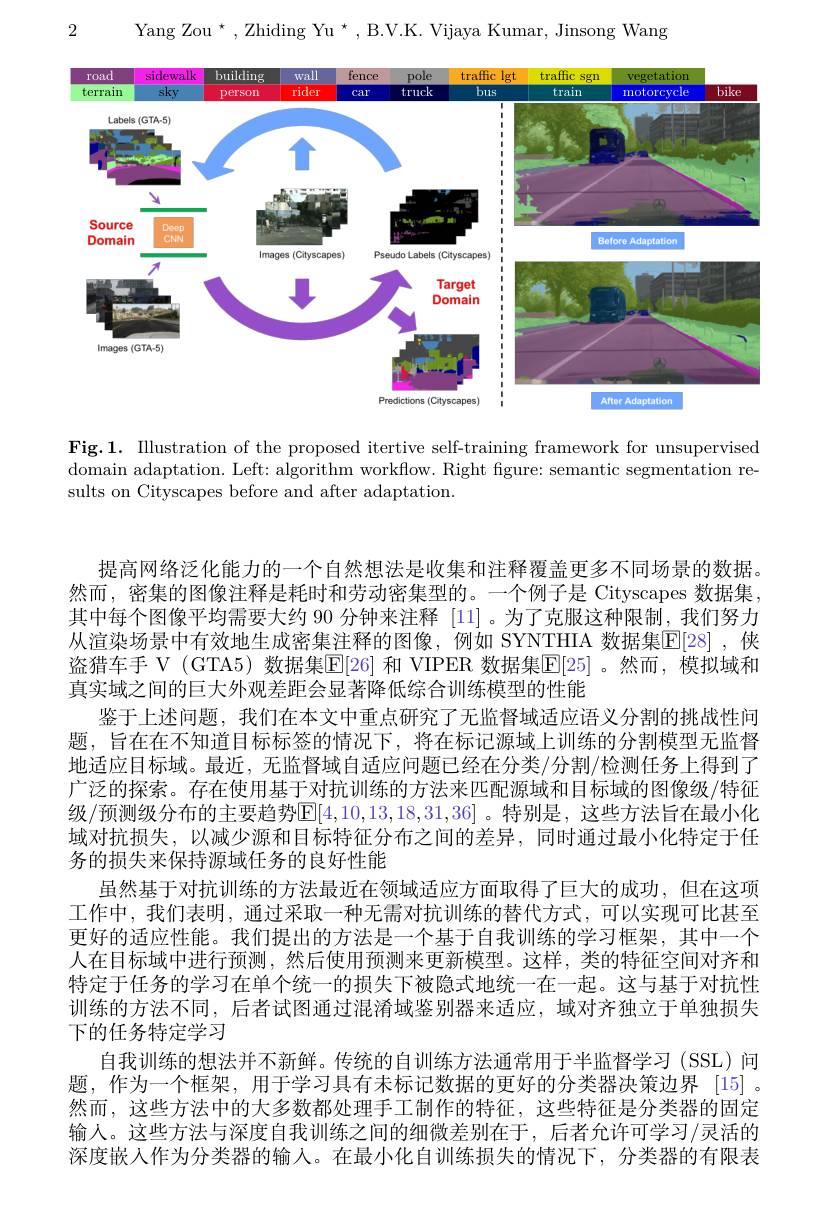
2

Yang Zou $^\star$,Zhiding Yu$^\star$,B.V.K. Vijaya Kumar, Jinsong Wang

<FigureHere>

Fig.1. Illustration of the proposed itertive self-training framework for unsupervised domain adaptation. Left: algorithm workflow. Right figure: semantic segmentation results on Cityscapes before and after adaptation

提高网络泛化能力的一个自然想法是收集和注释覆盖更多不同场景的数据。然而，密集的图像注释是耗时和劳动密集型的。一个例子是 Cityscapes 数据集其中每个图像平均需要大约 90 分钟来注释 [11] 。为了克服这种限制，我们努力从渲染场景中有效地生成密集注释的图像，例如 SYNTHIA 数据集$\mathbb{E}[28]$ ,侠盗猎车手 V (GTA5) 数据集E[26] 和 VIPER 数据集E[25] 。然而，模拟域和真实域之间的巨大外观差距会显著降低综合训练模型的性能
鉴于上述问题，我们在本文中重点研究了无监督域适应语义分割的挑战性问题，旨在在不知道目标标签的情况下，将在标记源域上训练的分割模型无监督地适应目标域。最近，无监督域自适应问题已经在分类/分割/检测任务上得到了广泛的探索。存在使用基于对抗训练的方法来匹配源域和目标域的图像级/特征级/预测级分布的主要趋势$\mathbb{E}[4,10,13,18,31,36]$。特别是，这些方法旨在最小化域对抗损失，以减少源和目标特征分布之间的差异，同时通过最小化特定于任务的损失来保持源域任务的良好性能
虽然基于对抗训练的方法最近在领域适应方面取得了巨大的成功，但在这项工作中，我们表明，通过采取一种无需对抗训练的替代方式，可以实现可比甚至更好的适应性能。我们提出的方法是一个基于自我训练的学习框架，其中一个人在目标域中进行预测，然后使用预测来更新模型。这样，类的特征空间对齐和特定于任务的学习在单个统一的损失下被隐式地统一在一起。这与基于对抗性训练的方法不同，后者试图通过混淆域鉴别器来适应，域对齐独立于单独损失下的任务特定学习
自我训练的想法并不新鲜。传统的自训练方法通常用于半监督学习(SSL)问题，作为一个框架，用于学习具有未标记数据的更好的分类器决策边界 [15] 。然而，这些方法中的大多数都处理手工制作的特征，这些特征是分类器的固定输人。这些方法与深度自我训练之间的细微差别在于，后者允许可学习/灵活的深度嵌入作为分类器的输人。在最小化自训练损失的情况下，分类器的有限表